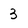
Character: 3